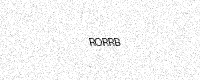
Text: RORRB